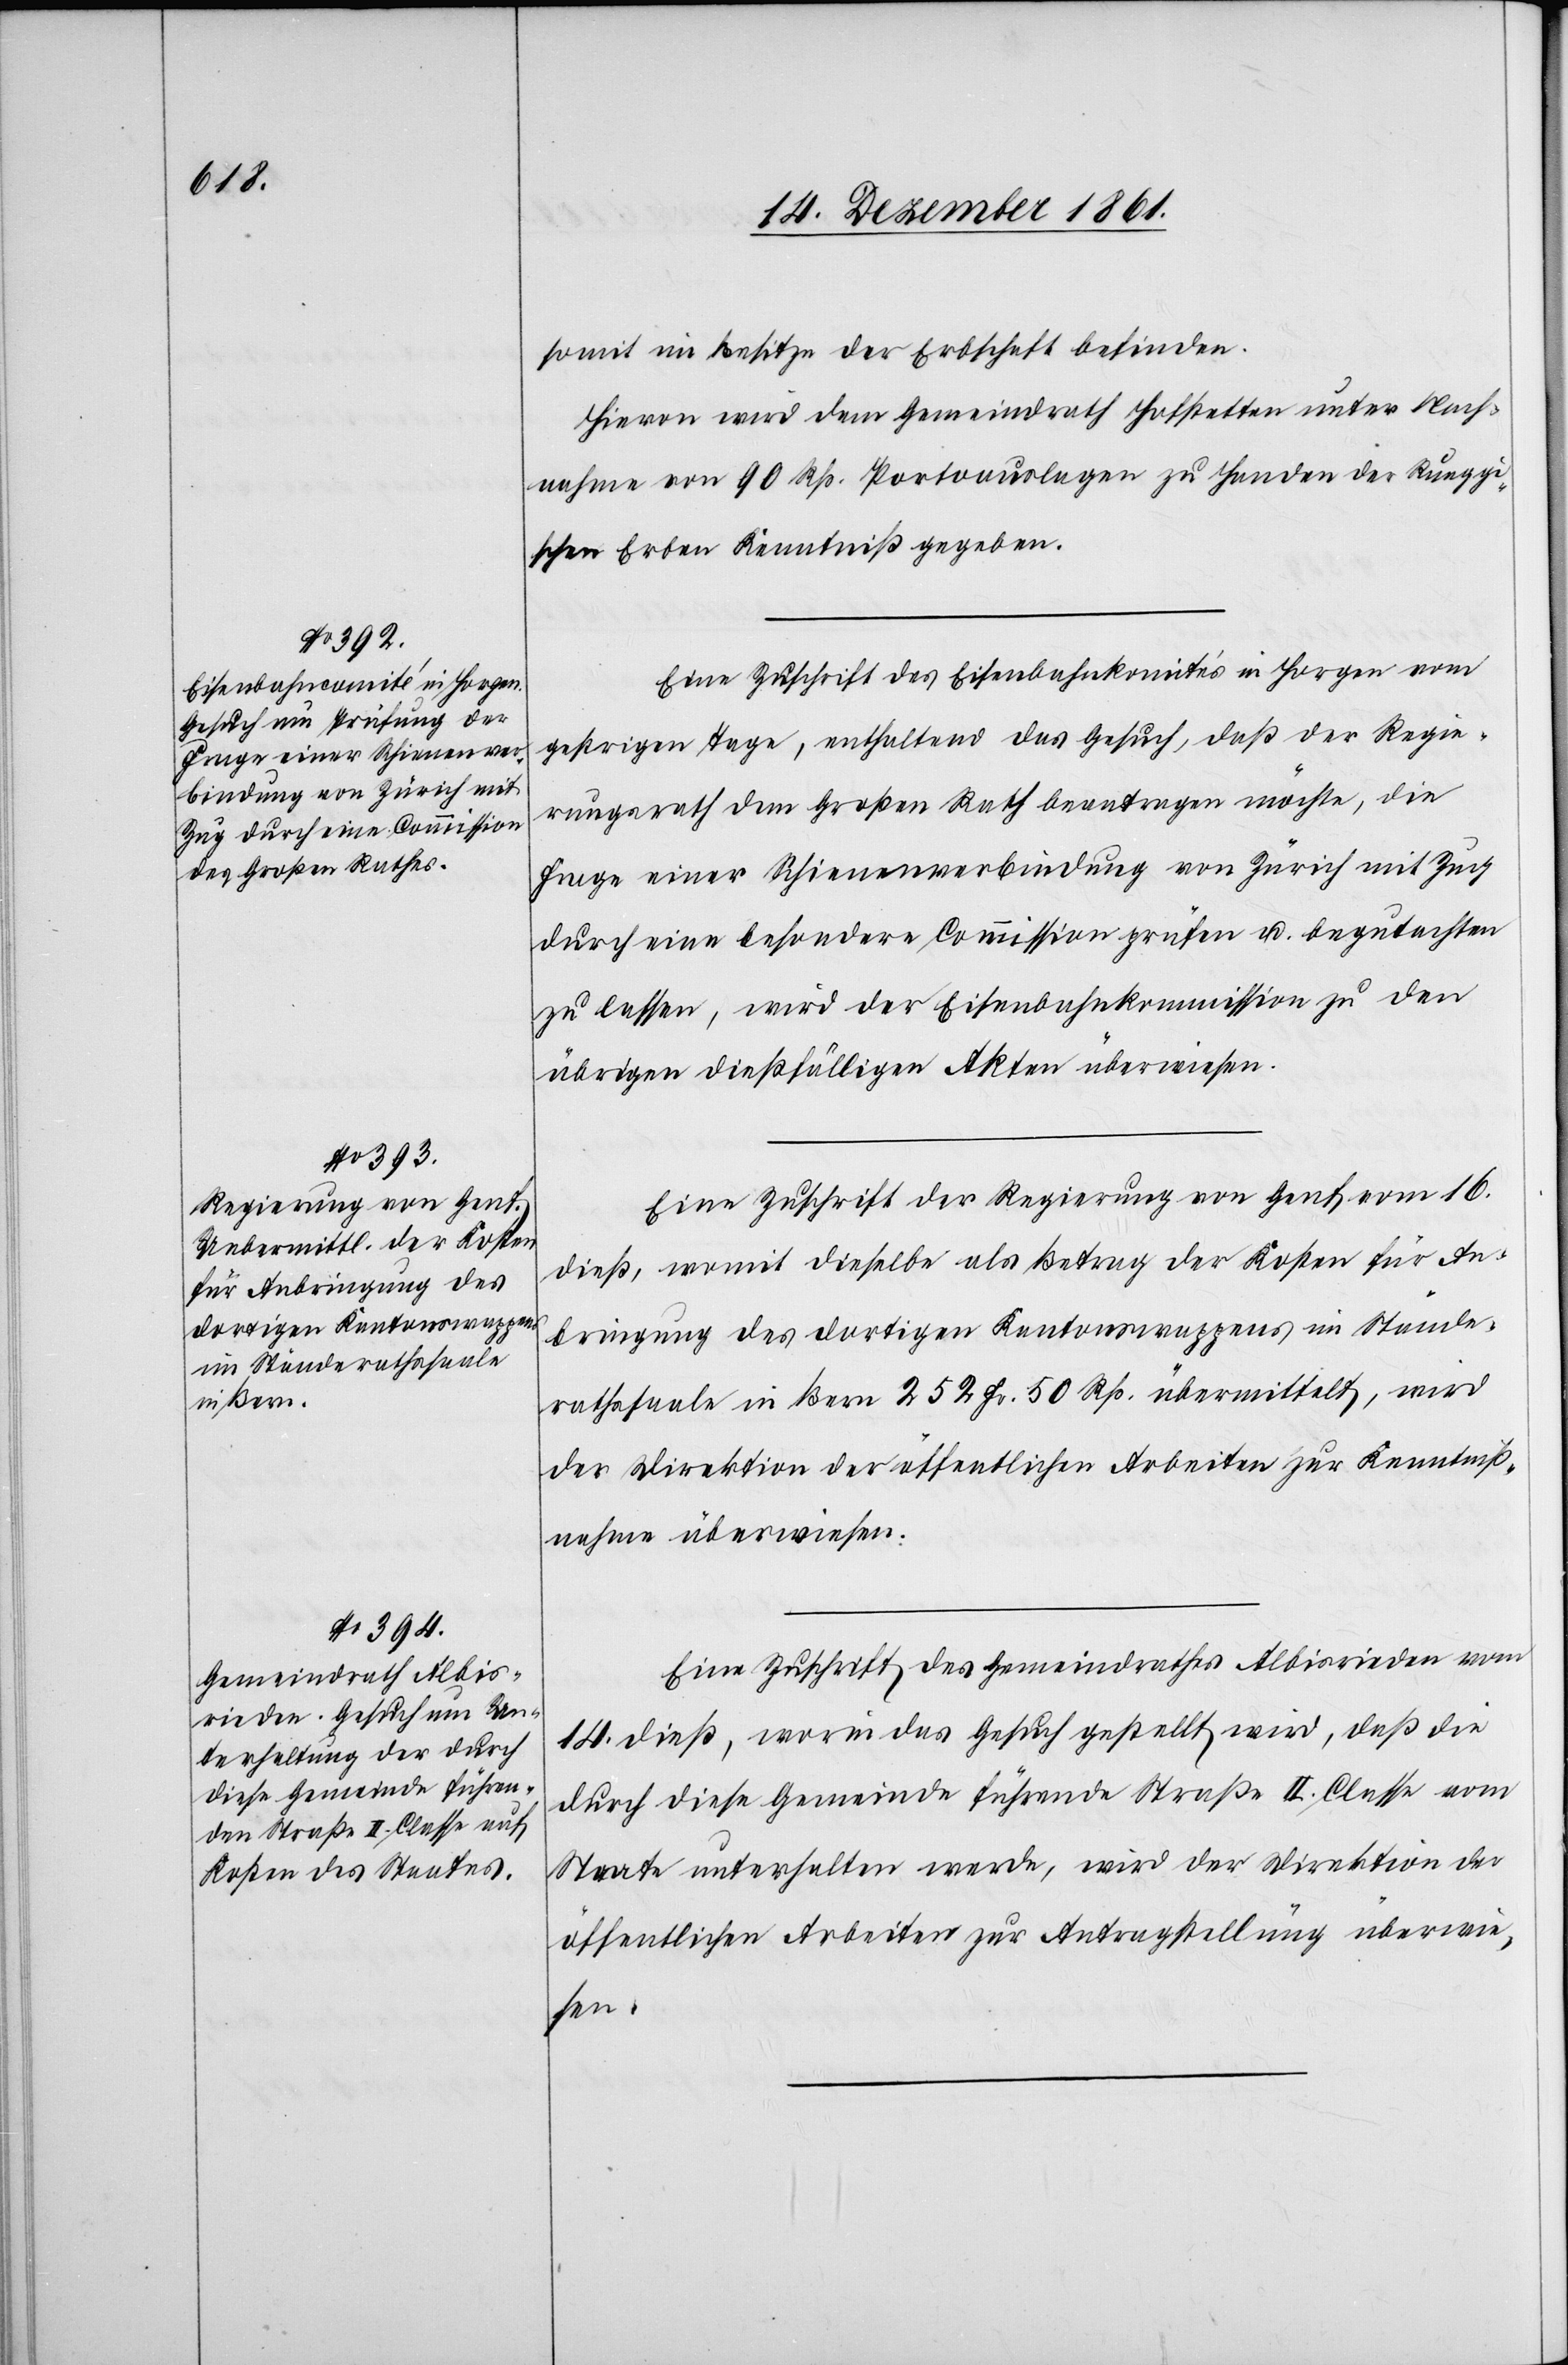
18 Dezember 1861.]
somit im Besitze der Erbschaft befinden.
Hievon wird dem Gemeindrath Hofstetten unter Nach¬
nahme von 90 Rp. Portoauslagen zu Handen der Rueggi¬
schen Erben Kenntniß gegeben.
Eine Zuschrift des Eisenbahnkomités in Horgen vom
gestrigen Tage, enthaltend das Gesuch, daß der Regie¬
rungsrath dem Großen Rath beantragen möchte, die
Frage einer Schienenverbindung von Zürich mit Zug
durch eine besondere Commission prüfen u. begutachten
zu lassen, wird der Eisenbahnkommission zu den
übrigen dießfälligen Akten überwiesen.
Eine Zuschrift der Regierung von Genf vom 16
dieß, womit dieselbe als Betrag der Kosten für An¬
bringung des dortigen Kantonswappens im Stände¬
rathssaale in Bern 252 Fr. 50 Rp. übermittelt, wird
der Direktion der öffentlichen Arbeiten zur Kenntniß¬
nahme überwiesen.
Eine Zuschrift des Gemeindrathes Albisrieden vom
14 dieß, worin das Gesuch gestellt wird, daß die
durch diese Gemeinde führende Straße II Classe vom
Staate unterhalten werde, wird der Direktion der
öffentlichen Arbeiten zur Antragstellung überwie¬
sen.